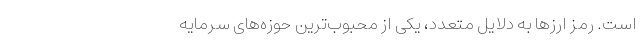
است. رمز ارز‌ها به دلایل متعدد، یکی از محبوب‌ترین حوزه‌های سرمایه